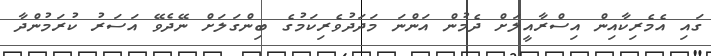
ގައި އެމެރިކާއިން އިސްރާއީލަށް ދެމުން އަންނަ މަދަދުވެރިކަމުގެ ބިންގަލަށް ނޭދެވޭ އަސަރު ކުރަމުންދާ